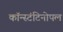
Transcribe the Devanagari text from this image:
कॉन्स्टंटिनोपल